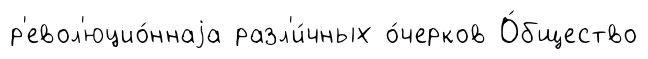
р'евол'юцио́ннаjа разл'и́чных о́черков О́бщество